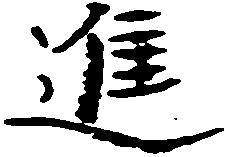
進